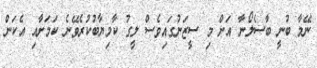
ނޭމާ ބުނީ ބާސެލޯނާ އަށް މި ސީޒަނުގައިވެސް ލީގު ކާމިޔާބުކުރެވޭނެ ކަމަށާއި އެކަން